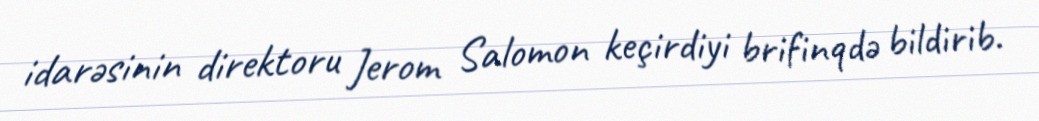
idarəsinin direktoru Jerom Salomon keçirdiyi brifinqdə bildirib.